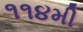
૧૧૪મી